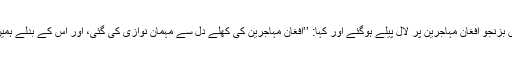
ایئرپورٹ روڈ کے خونیں سانحے کے بعد عبدالقدوس بزنجو افغان مہاجرین پر لال پیلے ہوگئے اور کہا: ’’افغان مہاجرین کی کھلے دل سے مہمان نوازی کی گئی، اور اس کے بدلے ہمیں بدامنی ملی، اب اور مہمان نوازی نہیں کرسکتے‘‘۔